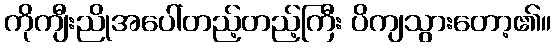
ကိုကျီးညိုအပေါ်တည့်တည့်ကြီး ပိကျသွားတော့၏။